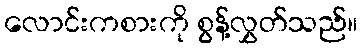
လောင်းကစားကို စွန့်လွှတ်သည်။